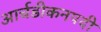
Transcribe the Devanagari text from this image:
आर्चडीकनपदी